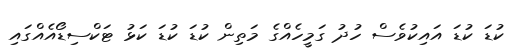
ކުޑަ ކުޑަ އައިކުވެސް ހުދު ގަމީހެއްގެ މަތިން ކުޑަ ކުޑަ ކަޅު ޓަކްސިޑޯއެއްގައި